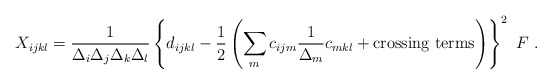
\begin{align*}X_{ijkl} = {1 \over \Delta_i\Delta_j\Delta_k\Delta_l}\left\{ d_{ijkl} - {1\over2} \left(\sum_m c_{ijm} {1\over \Delta_m} c_{mkl}+ \hbox{crossing terms} \right) \right\}^2 \ F\ .\end{align*}